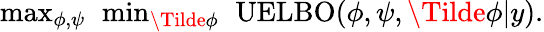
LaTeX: \begin{array}{r}{\operatorname*{max}_{\phi,\psi}\ \operatorname*{min}_{\Tilde{\phi}}\ \operatorname{UELBO}(\phi,\psi,\Tilde{\phi}\vert y).}\end{array}